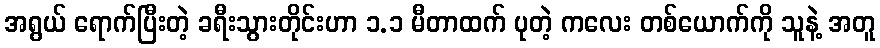
အရွယ် ရောက်ပြီးတဲ့ ခရီးသွားတိုင်းဟာ ၁.၁ မီတာထက် ပုတဲ့ ကလေး တစ်ယောက်ကို သူနဲ့ အတူ